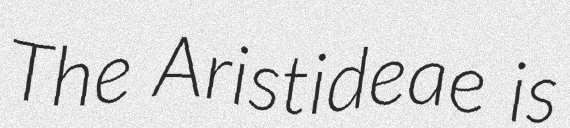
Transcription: The Aristideae is